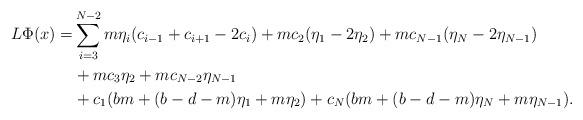
LaTeX: \begin{align*}L\Phi(x)=& \sum_{i=3}^{N-2} m \eta_i (c_{i-1}+c_{i+1}-2c_i)+ m c_2(\eta_1-2\eta_2)+m c_{N-1}(\eta_{N}-2\eta_{N-1})\\&+ m c_3\eta_2 + m c_{N-2} \eta_{N-1}\\& +c_1(bm+(b-d-m)\eta_1+m\eta_2)+c_N(bm+(b-d-m)\eta_N+m\eta_{N-1}).\end{align*}